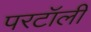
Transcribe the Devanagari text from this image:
परटॉली